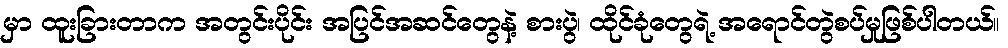
မှာ ထူးခြားတာက အတွင်းပိုင်း အပြင်အဆင်တွေနဲ့ စားပွဲ၊ ထိုင်ခုံတွေရဲ့ အရောင်တွဲစပ်မှုဖြစ်ပါတယ်။